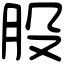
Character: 股